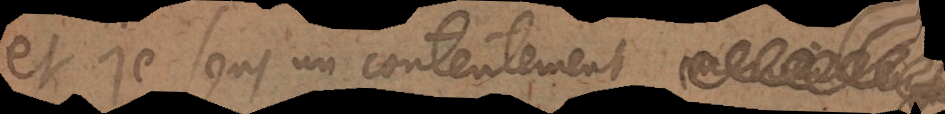
et je sens un contentement